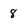
Character: 8